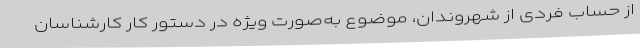
از حساب فردی از شهروندان، موضوع به‌صورت ویژه در دستور کار کارشناسان